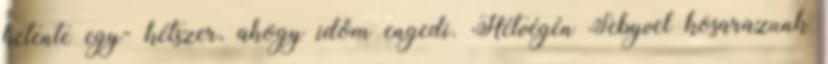
hetente egy- kétszer, ahogy időm engedi. Hétvégén Sebyvel kosarazunk